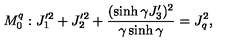
M _ { 0 } ^ { q } : J _ { 1 } ^ { \prime 2 } + J _ { 2 } ^ { \prime 2 } + \displaystyle \frac { ( \sinh \gamma J _ { 3 } ^ { \prime } ) ^ { 2 } } { \gamma \sinh \gamma } = J _ { q } ^ { 2 } ,